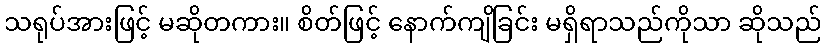
သရုပ်အားဖြင့် မဆိုတကား။ စိတ်ဖြင့် နောက်ကျိခြင်း မရှိရာသည်ကိုသာ ဆိုသည်